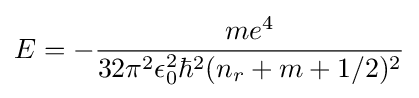
E=-{\frac {me^{4}}{32\pi ^{2}\epsilon _{0}^{2}\hbar ^{2}(n_{r}+m+1/2)^{2}}}